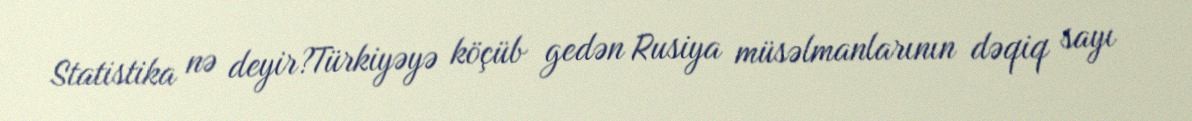
Statistika nə deyir?Türkiyəyə köçüb gedən Rusiya müsəlmanlarının dəqiq sayı